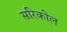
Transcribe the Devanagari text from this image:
सरिकोल